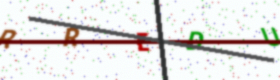
Text: RREDU